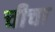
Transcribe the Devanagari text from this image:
चीचा